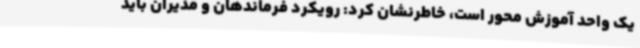
یک واحد آموزش محور است، خاطرنشان کرد: رویکرد فرماندهان و مدیران باید